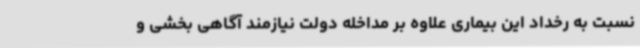
نسبت به رخداد این بیماری علاوه بر مداخله دولت نیازمند آگاهی بخشی و